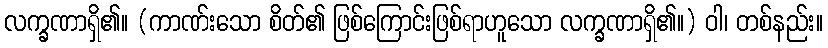
လက္ခဏာရှိ၏။ (ကာဏ်းသော စိတ်၏ ဖြစ်ကြောင်းဖြစ်ရာဟူသော လက္ခဏာရှိ၏။) ဝါ၊ တစ်နည်း။